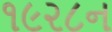
૧૯૨૮ન